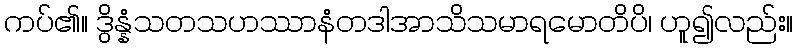
ကပ်၏။ ဒွိန္နံသတသဟဿာနံတဒါအာသိသမာရမောတိပိ၊ ဟူ၍လည်း။